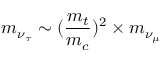
m _ { \nu _ { \tau } } \sim ( { \frac { m _ { t } } { m _ { c } } } ) ^ { 2 } \times m _ { \nu _ { \mu } }